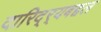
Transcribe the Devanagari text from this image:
दारिद्‌र्‍यबद्दल